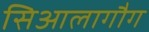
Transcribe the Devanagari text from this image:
सिआलागौग